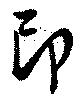
印